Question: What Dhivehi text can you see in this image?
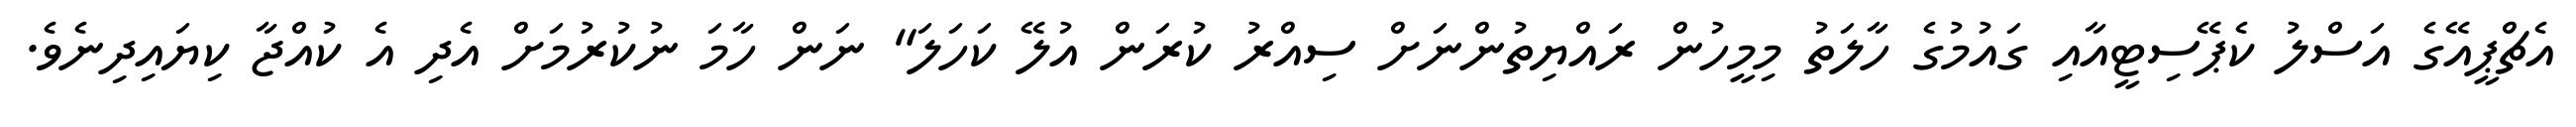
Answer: އެޗްޕީއޭގެ އަސްލު ކެޕޭސިޓީއާއި ގައުމުގެ ހާލަތު މިމީހުން ރައްޔިތުންނަށް ސިއްރު ކުރަން އުލޭ ކަހަލަ" ނަން ހާމަ ނުކުރުމަށް އެދި އެ ކުއްޖާ ކިޔައިދިނެވެ.